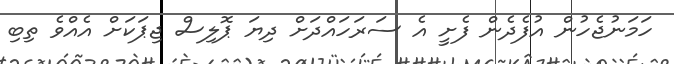
ހަމަނުޖެހުން އުފެދެން ފެށީ އެ ސަރަހައްދަށް ދިޔަ ޕޮލިސް ޖިޕަކަށް އެއްވެ ތިބި